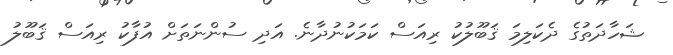
ޝަހާދަތުގެ ދެކަލިމަ ޤަބޫލުކު ރިއަސް ކަމަކުނުދާނެ. އަދި ސުންނަތަށް އުފާކު ރިއަސް ޤަބޫލު